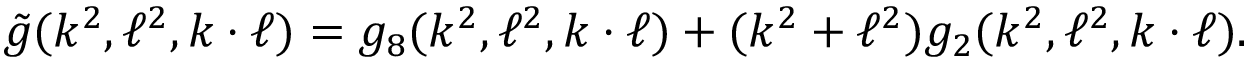
\tilde { g } ( k ^ { 2 } , \ell ^ { 2 } , k \cdot \ell ) = g _ { 8 } ( k ^ { 2 } , \ell ^ { 2 } , k \cdot \ell ) + ( k ^ { 2 } + \ell ^ { 2 } ) g _ { 2 } ( k ^ { 2 } , \ell ^ { 2 } , k \cdot \ell ) .